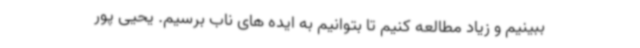
ببینیم و زیاد مطالعه کنیم تا بتوانیم به ایده های ناب برسیم. یحیی پور